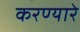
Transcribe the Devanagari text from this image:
करण्यारे